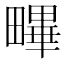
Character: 𤳣